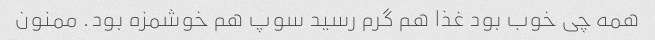
همه چی خوب بود غذا هم گرم رسید سوپ هم خوشمزه بود. ممنون